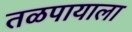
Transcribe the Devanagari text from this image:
तळपायाला